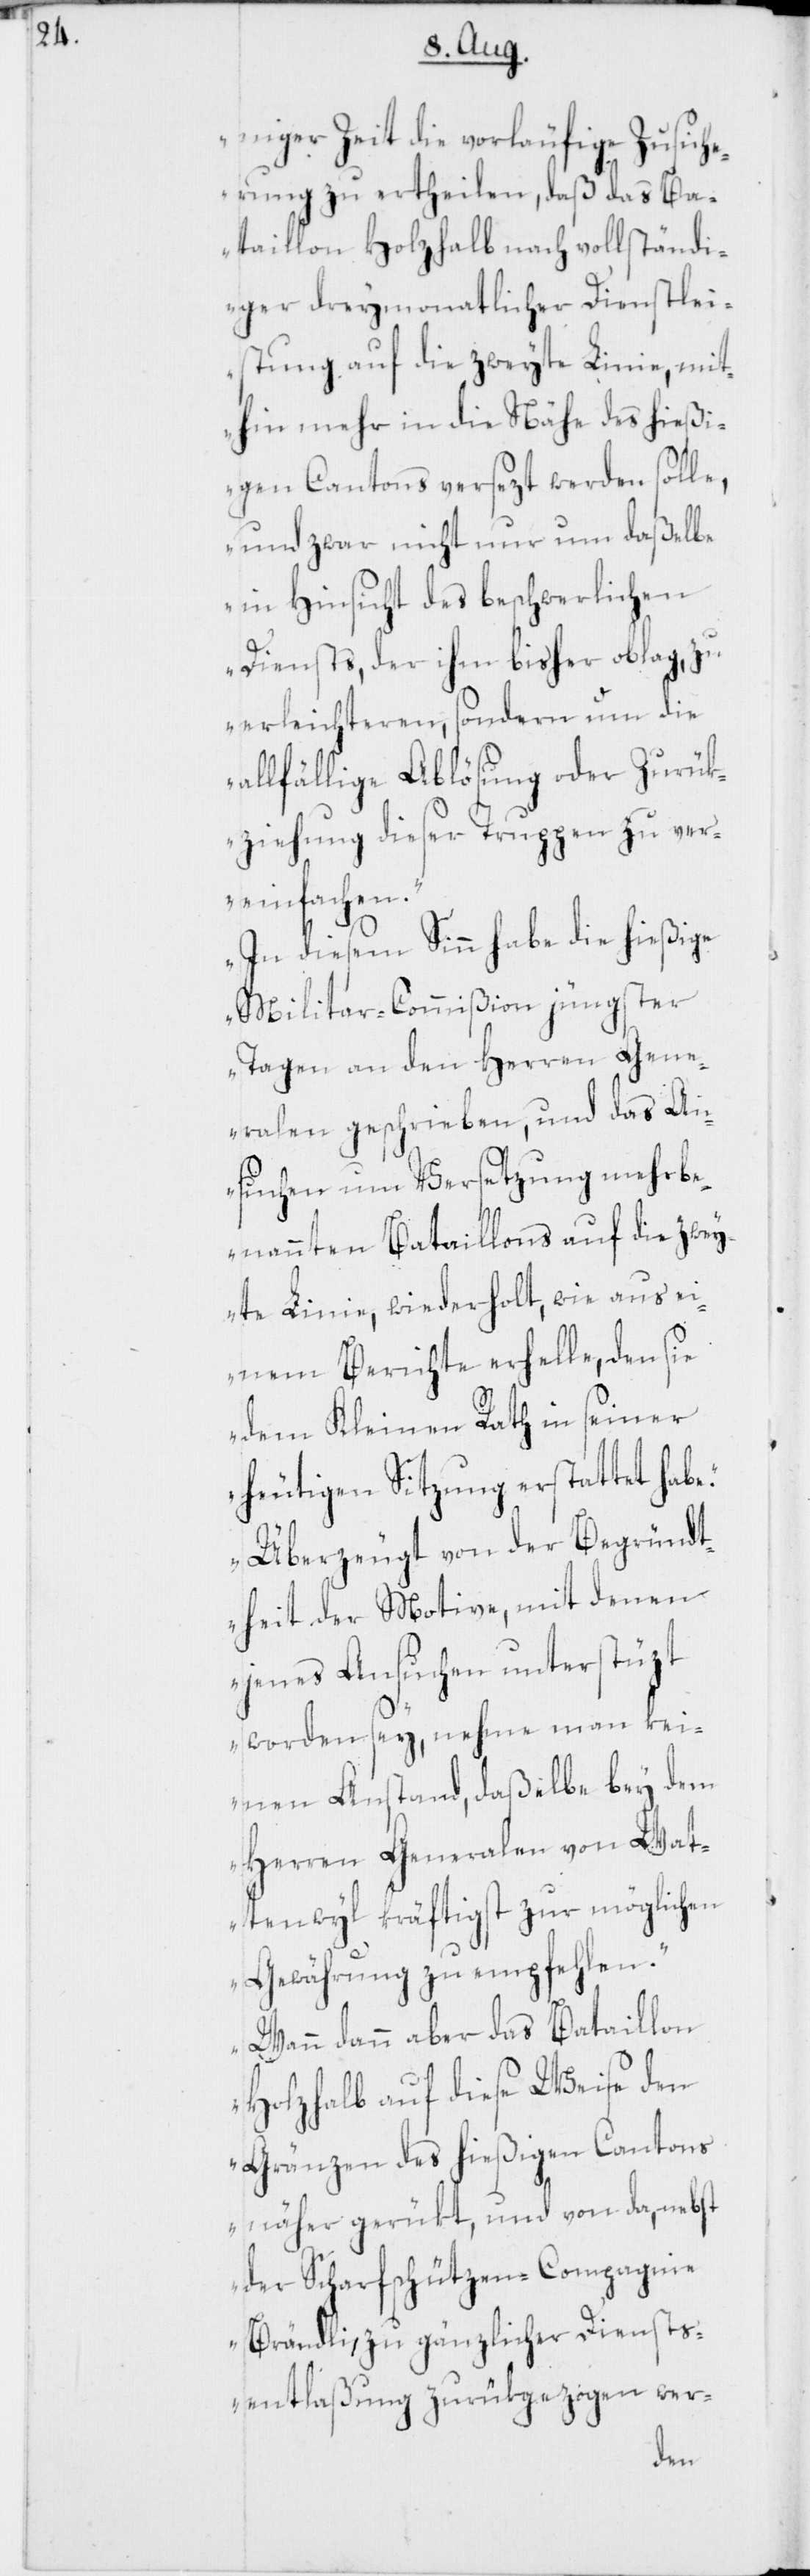
niger Zeit die vorläufige Zusiche¬
rung zu ertheilen, daß das Ba¬
taillon Holzhalb nach vollständi¬
ger dreymonatlicher Dienstlei¬
stung auf die zweyte Linie, mit¬
hin mehr in die Nähe des hießi¬
gen Cantons versezt werden solle,
und zwar nicht nur um daßelbe
in Hinsicht des beschwerlichen
Diensts, der ihm bisher oblag, zu
erleichteren, sondern um die
allfällige Ablösung oder Zurük¬
ziehung dieser Truppen zu ver¬
einfachen.
In diesem Sinn habe die hießige
Militar-Commißion jüngster
Tagen an den Herren Gene¬
ralen geschrieben, und das An¬
suchen um Versetzung mehrbe¬
nannten Bataillons auf die zwey¬
te Linie, wiederholt, wie aus e¬
inem Berichte erhelle, den sie
dem Kleinen Rath in seiner
heutigen Sitzung erstattet habe.
Überzeugt von der Begründt¬
heit der Motive, mit denen
jenes Ansuchen unterstüzt
worden sey, nehme man kei¬
nen Anstand, daßelbe bey dem
Herren Generalen von Wat¬
tenwyl kräftigst zur möglichen
Gewährung zu empfehlen.
Wann dann aber das Bataillon
Holzhalb auf diese Weise den
Gränzen des hießigen Cantons
näher gerükt, und von da, nebst
der Scharfschützen-Compagnie
Brändli, zu gänzlicher Diensts¬
entlaßung zurükgezogen wer-